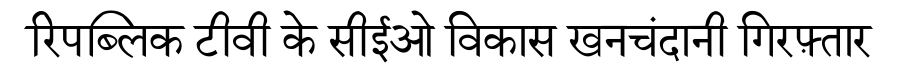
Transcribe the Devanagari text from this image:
रिपब्लिक टीवी के सीईओ विकास खनचंदानी गिरफ़्तार